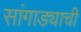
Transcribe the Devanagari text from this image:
सांगाड्याची